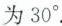
为30°.